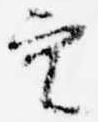
空